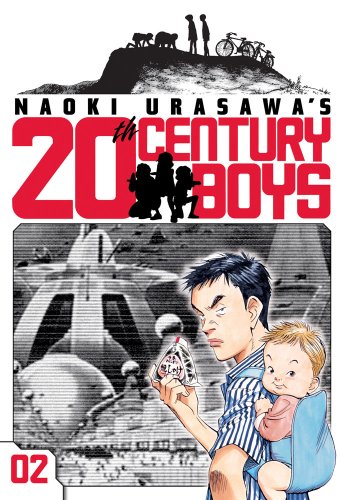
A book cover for Naoki Urasawa's 20th Century Boys, Vol. 2: The Prophet; Naoki Urasawa; Comics & Graphic Novels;